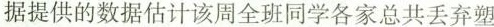
据提供的数据估计该周全班同学各家总共丢弃塑